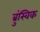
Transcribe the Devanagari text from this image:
ब्रुंस्विक